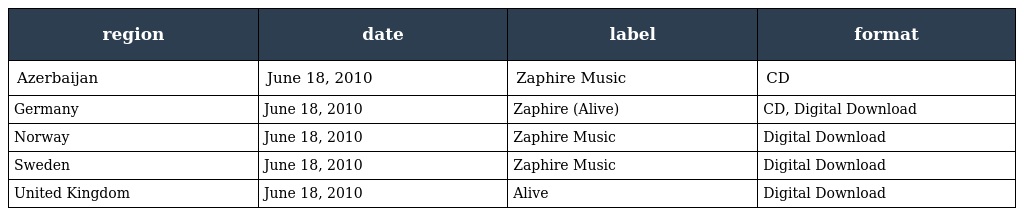
| region | date | label | format |
 | --- | --- | --- | --- |
 | Azerbaijan | June 18, 2010 | Zaphire Music | CD |
 | Germany | June 18, 2010 | Zaphire (Alive) | CD, Digital Download |
 | Norway | June 18, 2010 | Zaphire Music | Digital Download |
 | Sweden | June 18, 2010 | Zaphire Music | Digital Download |
 | United Kingdom | June 18, 2010 | Alive | Digital Download |